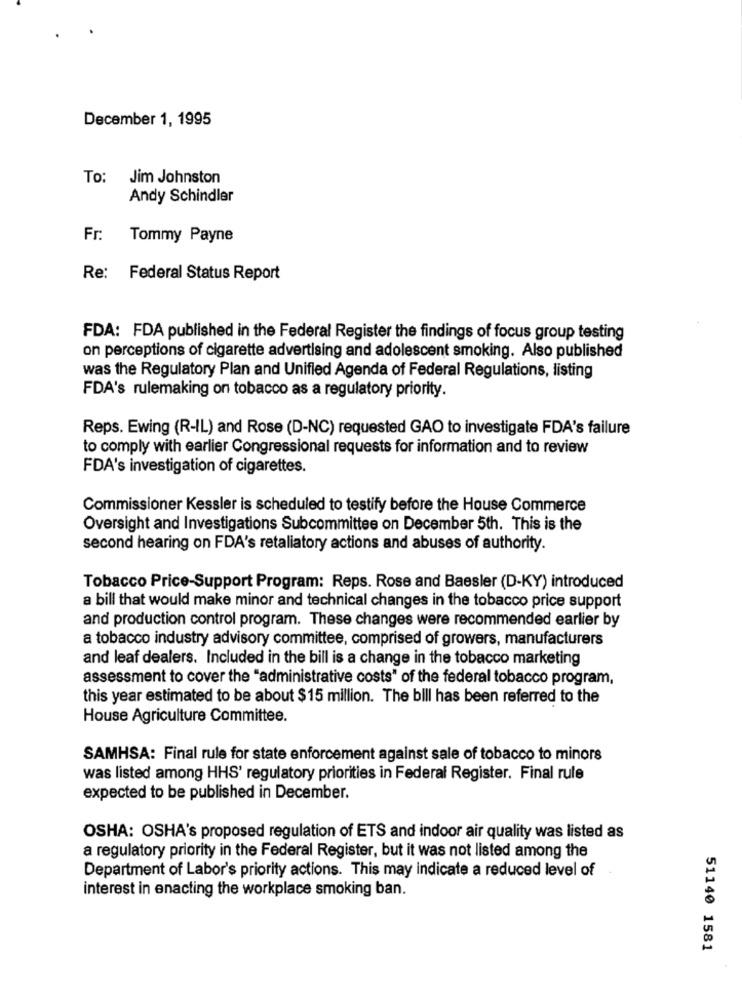
December 1, 1995
To: Jim Johnston
Andy Schindler
Fr:
Tommy Payne
Re: Federal Status Report
FDA: FDA published in the Federal Register the findings of focus group testing
on perceptions of cigarette advertising and adolescent smoking. Also published
was the Regulatory Plan and Unified Agenda of Federal Regulations, listing
FDA's rulemaking on tobacco as a regulatory priority.
Reps. Ewing (R-IL) and Rose (D-NC) requested GAO to investigate FDA's failure
to comply with earlier Congressional requests for information and to review
FDA's investigation of cigarettes.
Commissioner Kessler is scheduled to testify before the House Commerce
Oversight and Investigations Subcommittee on December 5th. This is the
second hearing on FDA's retaliatory actions and abuses of authority.
Tobacco Price-Support Program: Reps. Rose and Baesler (D-KY) introduced
a bill that would make minor and technical changes in the tobacco price support
and production control program. These changes were recommended earlier by
a tobacco industry advisory committee, comprised of growers, manufacturers
and leaf dealers. Included in the bill is a change in the tobacco marketing
assessment to cover the "administrative costs" of the federal tobacco program,
this year estimated to be about $ 15 million. The bill has been referred to the
House Agriculture Committee.
SAMHSA: Final rule for state enforcement against sale of tobacco to minors
was listed among HHS' regulatory priorities in Federal Register. Final rule
expected to be published in December.
OSHA: OSHA's proposed regulation of ETS and indoor air quality was listed as
a regulatory priority in the Federal Register, but it was not listed among the
Department of Labor's priority actions. This may indicate a reduced level of
interest in enacting the workplace smoking ban.
51140 1581